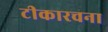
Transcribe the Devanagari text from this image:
टीकारचना